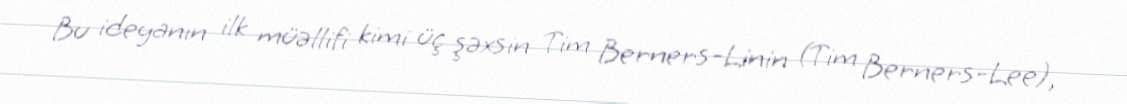
Bu ideyanın ilk müəllifi kimi üç şəxsin Tim Berners-Linin (Tim Berners-Lee),